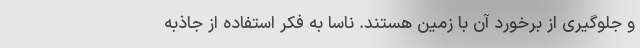
و جلوگیری از برخورد آن با زمین هستند. ناسا به فکر استفاده از جاذبه